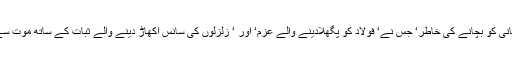
اور ناموس انسانی کو بچانے کی خاطر‘ جس نے‘ فولاد کو پگھلادینے والے عزم‘ اور ‘ زلزلوں کی سانس اکھاڑ دینے والے ثبات کے ساتھ موت سے ٹکر لی تھی۔